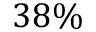
3 8 \%